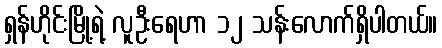
ရှန်ဟိုင်းမြို့ရဲ့ လူဦးရေဟာ ၁၂ သန်းလောက်ရှိပါတယ်။